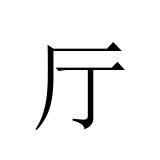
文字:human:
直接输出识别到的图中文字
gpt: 厅